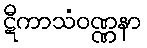
ဋီကာသံဝဏ္ဏနာ